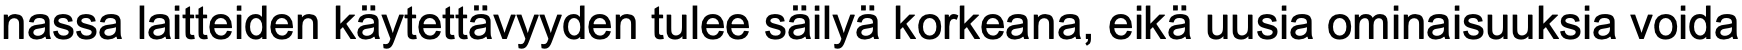
nassa laitteiden käytettävyyden tulee säilyä korkeana, eikä uusia ominaisuuksia voida